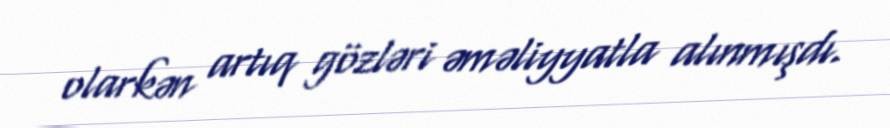
olarkən artıq gözləri əməliyyatla alınmışdı.